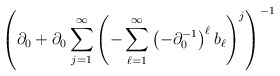
\begin{align*}\left(\partial_{0}+\partial_{0}\sum_{j=1}^{\infty}\left(-\sum_{\ell=1}^{\infty}\left(-\partial_{0}^{-1}\right)^{\ell}b_{\ell}\right)^{j}\right)^{-1}\end{align*}